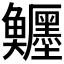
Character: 𩽦